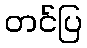
တင်ပြ